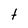
Character: t